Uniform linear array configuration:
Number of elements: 64
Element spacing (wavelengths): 1
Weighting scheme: hamming
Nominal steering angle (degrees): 45
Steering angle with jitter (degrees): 45.448
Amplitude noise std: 0.05
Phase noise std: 0.05

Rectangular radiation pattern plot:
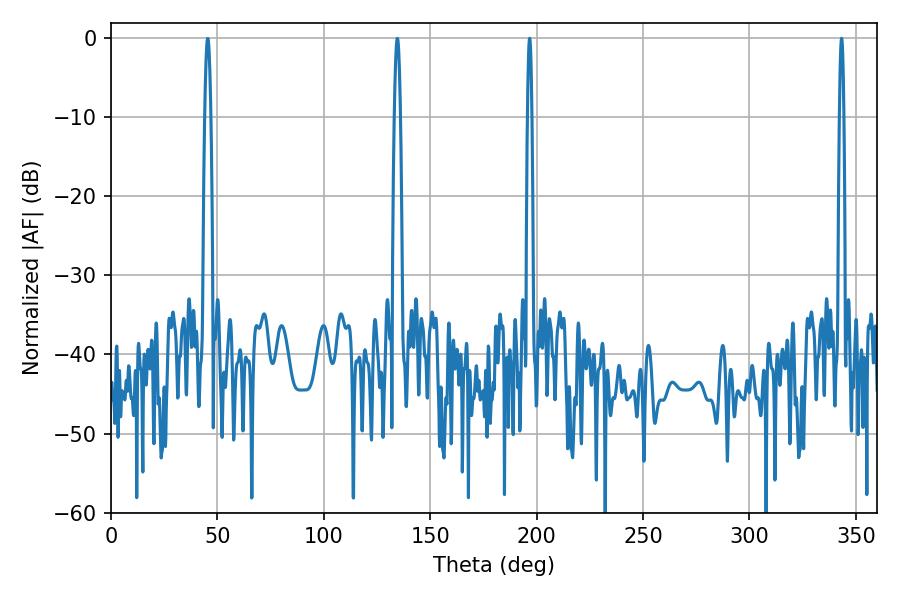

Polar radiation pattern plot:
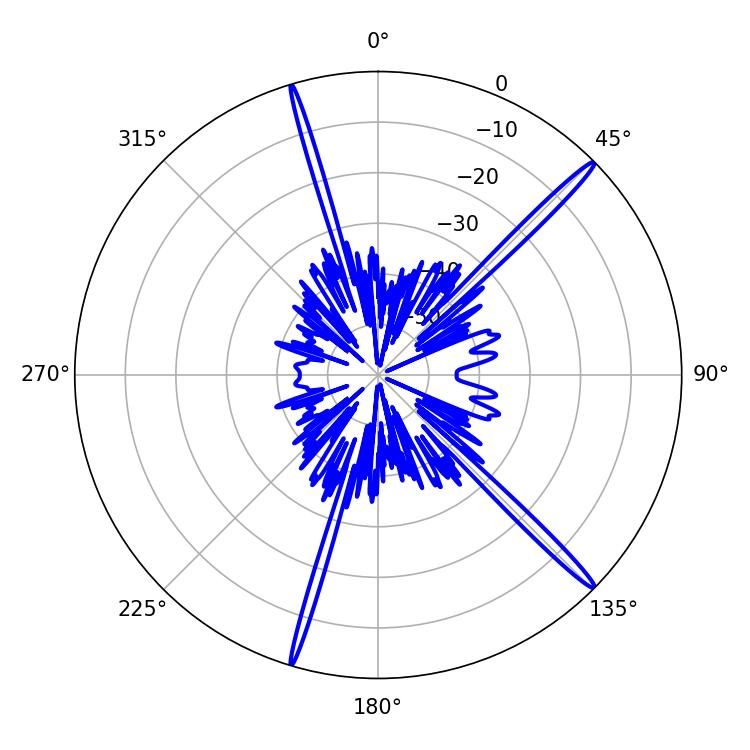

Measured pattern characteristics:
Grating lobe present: TRUE
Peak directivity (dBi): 18.097
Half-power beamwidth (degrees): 1.08
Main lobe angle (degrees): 343.26